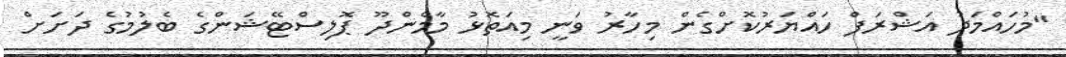
"މުހައްމަދު އަޝްރަފް ހައްޔަރުކޮށްގެން މިހާރު ވަނީ މިއަތޮޅު މާމެންދޫ ޕޮލިސްޓޭޝަންގެ ބެލުމުގެ ދަށަށް